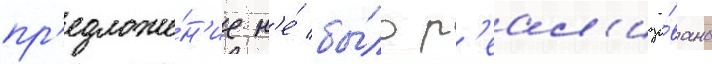
пр'едложе́н'ие н'е́ бы́ло р'еал'изо́вано